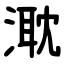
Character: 㴷